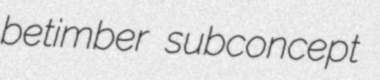
betimber subconcept